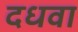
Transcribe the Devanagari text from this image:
दधवा